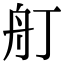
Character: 𦨍